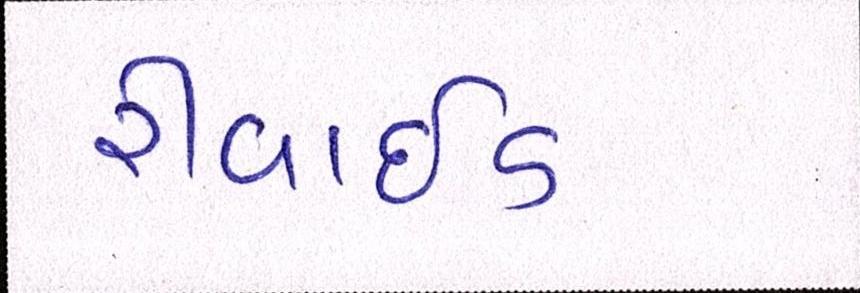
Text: રીવાઇડ